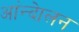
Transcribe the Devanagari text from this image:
आंन्देालन